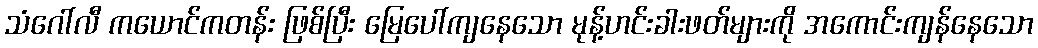
သံဂေါ်လီ ကယောင်ကတန်း ဖြစ်ပြီး မြေပေါ်ကျနေသော မုန့်ဟင်းခါးဖတ်များကို အကောင်းကျန်နေသော